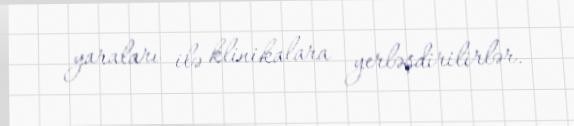
yaraları ilə klinikalara yerləşdirilirlər.